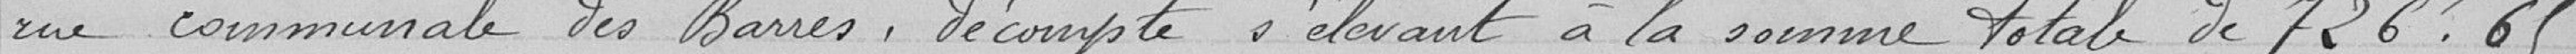
rue communale des Barres, décompte s'élevant à la somme totale de 726,65 francs